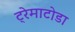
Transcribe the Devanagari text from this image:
ट्रेमाटोडा